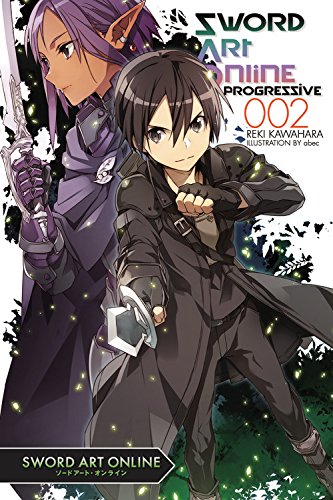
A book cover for Sword Art Online Progressive 2; Reki Kawahara; Comics & Graphic Novels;